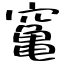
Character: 䆴